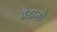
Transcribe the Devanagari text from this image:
ब्रैडानो